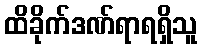
ထိခိုက်ဒဏ်ရာရရှိသူ